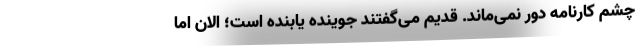
چشم کارنامه دور نمی‌ماند. قدیم می‌گفتند جوینده یابنده است؛ الان اما